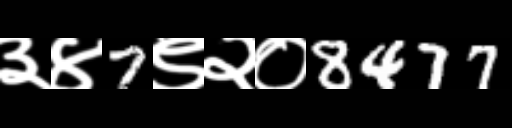
Text: ३४7९२०8477